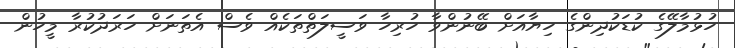
ހުޅުމާލޭގެ ކުޑަކުދިންގެ ހިޔާއަށް ބޭނުންވާ ހުރިހާ ވަސީލަތްތަކެއް ވެސް އެތަނަށް ހަރަދުކުރާ މީހުން